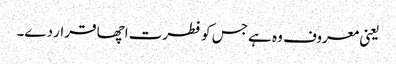
یعنی معروف وہ ہے جس کو فطرت اچھا قرار دے۔